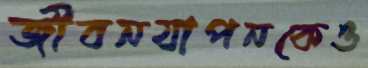
জীবনযাপনকেও